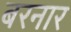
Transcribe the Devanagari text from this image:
बरनार